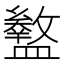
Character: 𥃊